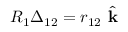
R _ { 1 } \boldsymbol { \Delta } _ { 1 2 } = r _ { 1 2 } \hat { \textbf { k } }